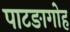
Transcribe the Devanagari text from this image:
पाटङागोह